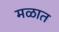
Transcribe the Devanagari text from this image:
मळात